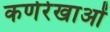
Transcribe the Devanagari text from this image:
कर्णरेखाओं